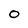
Character: O